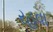
રહવા